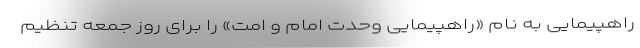
راهپیمایی به نام «راهپیمایی وحدت امام و امت» را برای روز جمعه تنظیم